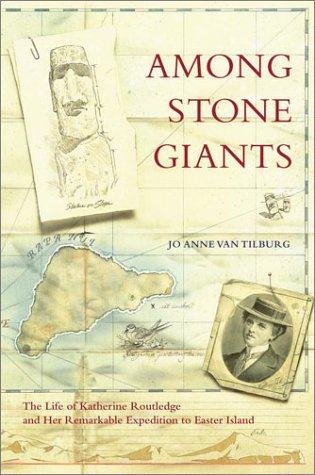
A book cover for Among Stone Giants: The Life of Katherine Routledge and Her Remarkable Expedition to Easter Island (Lisa Drew Books); Jo Anne Van Tilburg; Biographies & Memoirs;